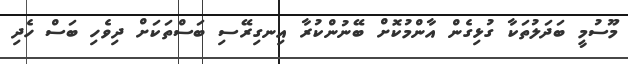
މޫސުމީ ބަދަލުތަކާ ގުޅިގެން އާންމުކޮށް ބޭނުންކުރާ އިނގިރޭސި ބަސްތަކަށް ދިވެހި ބަސް ހެދި